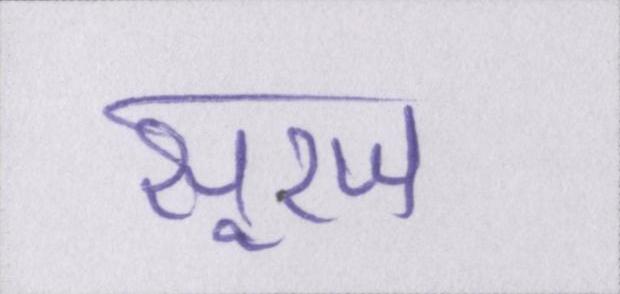
सूरज